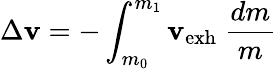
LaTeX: \Delta{\mathbf{v}}=-\int_{m_{0}}^{m_{1}}{\mathbf{v}_{\mathrm{{exh}}}\ {\frac{{dm}}{{m}}}}